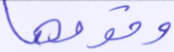
وقومها